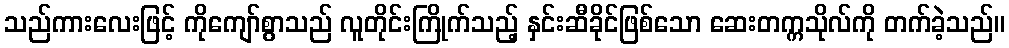
သည်ကားလေးဖြင့် ကိုကျော်စွာသည် လူတိုင်းကြိုက်သည့် နှင်းဆီခိုင်ဖြစ်သော ဆေးတက္ကသိုလ်ကို တက်ခဲ့သည်။